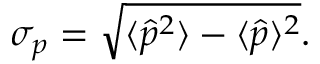
\sigma _ { p } = { \sqrt { \langle { \hat { p } } ^ { 2 } \rangle - \langle { \hat { p } } \rangle ^ { 2 } } } .